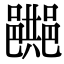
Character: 𨞔